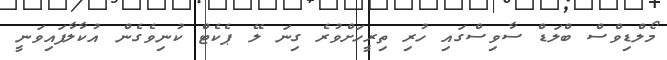
މޯލްޑިވްސް ބްލަޑް ސާވިސްގައި ހުރި ތިރީހަށްވުރެ ގިނަ ލޭ ޕެކެޓް ކުނިވެގެން އުކާލާފައިވަނީ